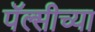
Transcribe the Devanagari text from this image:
पॅल्सीच्या